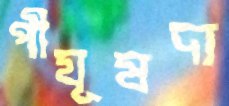
পীযূষদা